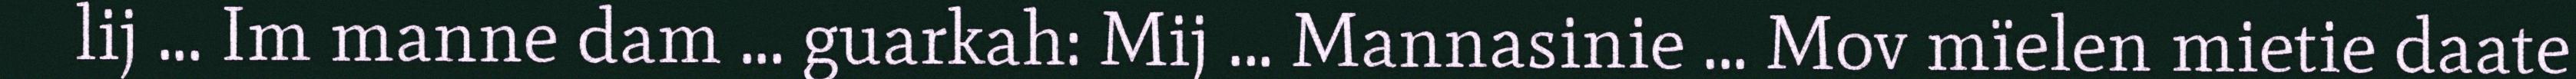
lij ... Im manne dam ... guarkah: Mij ... Mannasinie ... Mov mïelen mietie daate